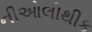
નીઓલીથીક